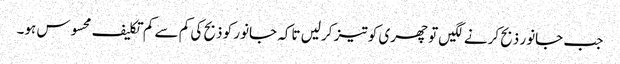
جب جانور ذبح کرنے لگیں تو چھری کو تیز کرلیں تاکہ جانور کو ذبح کی کم سے کم تکلیف محسوس ہو۔